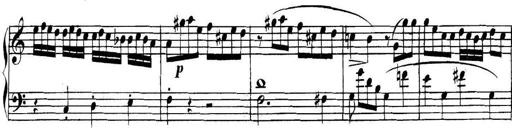
Title: Collected Piano Sonatas
Composer: Muzio Clementi